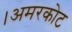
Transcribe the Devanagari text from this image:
।अमरकोट